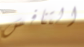
التنافس